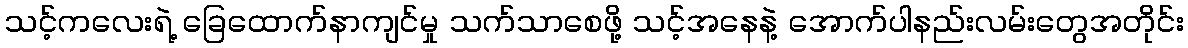
သင့်ကလေးရဲ့ ခြေထောက်နာကျင်မှု သက်သာစေဖို့ သင့်အနေနဲ့ အောက်ပါနည်းလမ်းတွေအတိုင်း